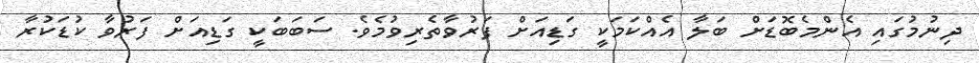
ދިނުމުގައި އެންމެބޮޑަށް ބަލާ އެއްކަމަކީ ގަޑިއަށް ފަރުވާތެރިވުމެވެ. ސަބަބަކީ ގަޑިއަށް ފަރުވާ ކުޑަކުރާ